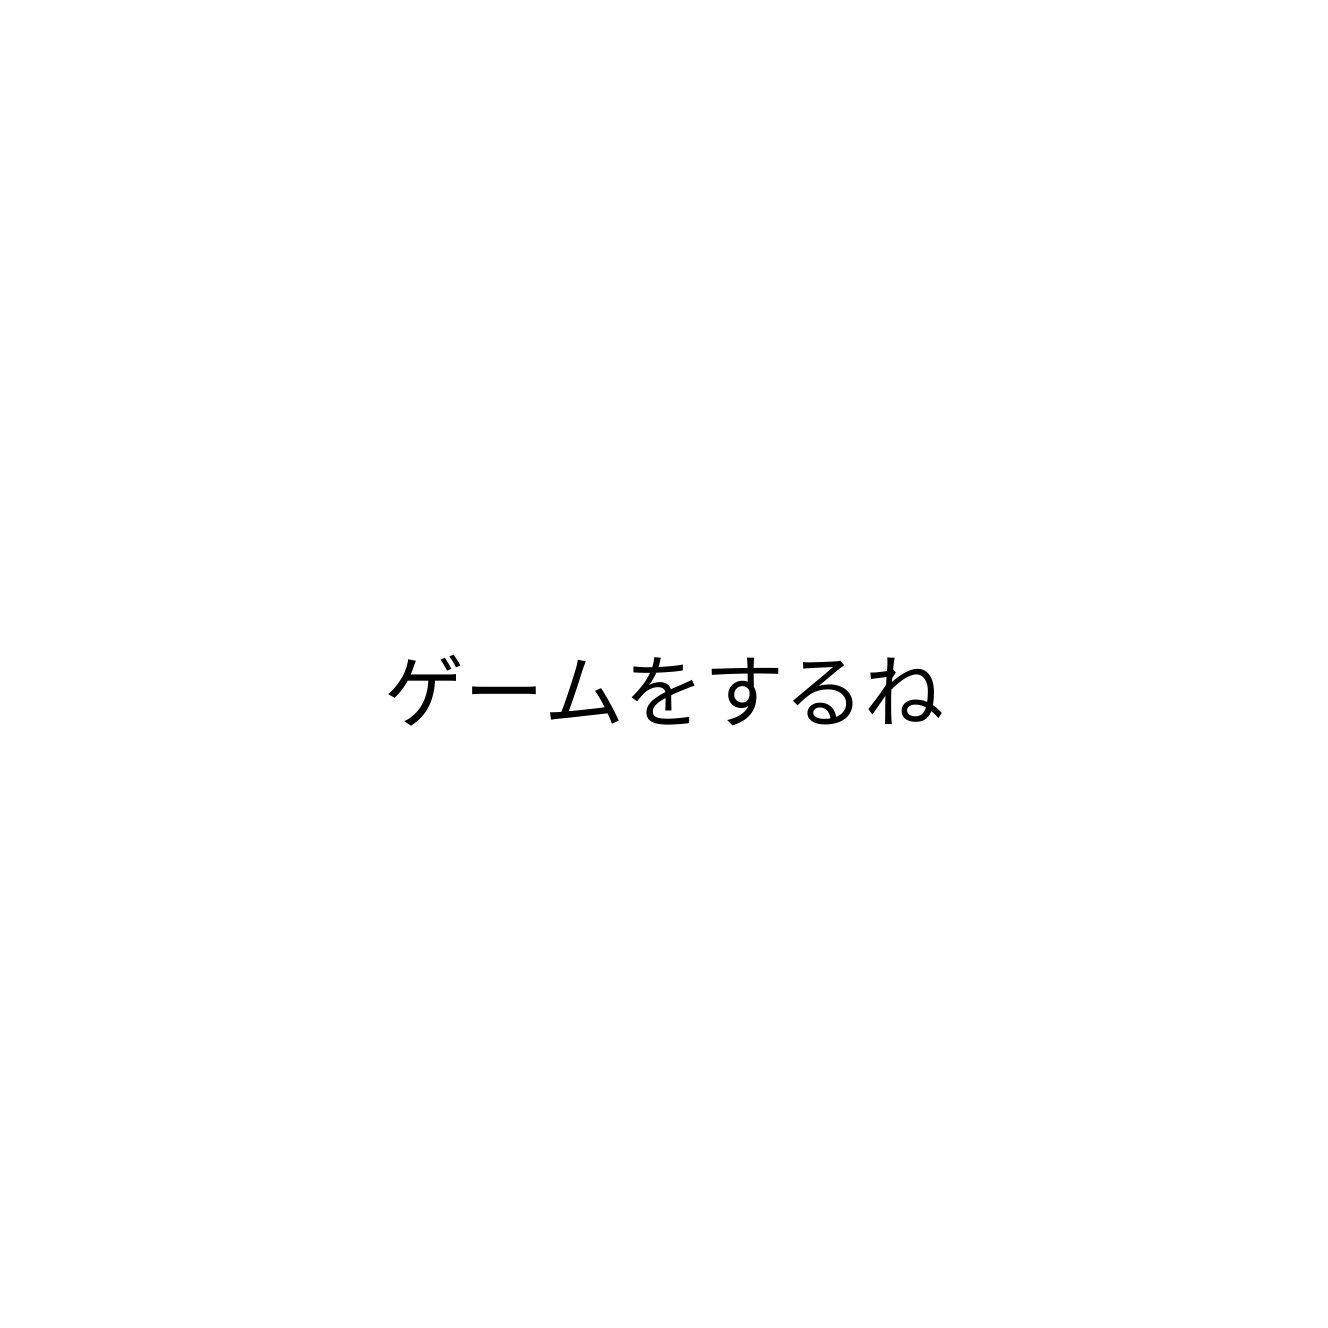
ゲームをするね